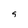
Character: 9